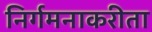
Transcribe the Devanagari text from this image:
निर्गमनाकरीता